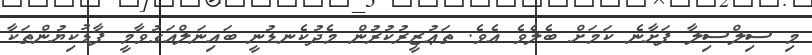
މި ސިލްސިލާ ފަށާނެ ކަމަށް ބެލެވެ އެވެ. ތަޢުޒީރުކުރުން މެދުކެނޑުނީ ބައިނަލްއަގުވާމީ ފާޑުކިޔުންތަކާ